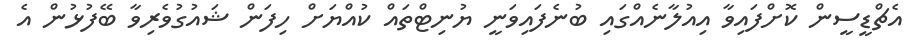
އެޗްޑީސީން ކޮށްފައިވާ އިއުލާނެއްގައި ބުނެފައިވަނީ ޔުނިޓްތައް ކުއްޔަށް ހިފަން ޝައުގުވެރިވާ ބޭފުޅުން އެ